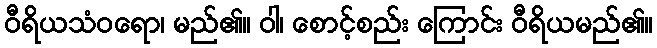
ဝီရိယသံဝရော၊ မည်၏။ ဝါ၊ စောင့်စည်း ကြောင်း ဝီရိယမည်၏။